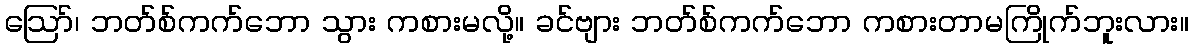
ဪ၊ ဘတ်စ်ကက်ဘော သွား ကစားမလို့။ ခင်ဗျား ဘတ်စ်ကက်ဘော ကစားတာမကြိုက်ဘူးလား။